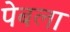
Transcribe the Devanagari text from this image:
पेबला